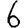
Digit: 6